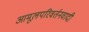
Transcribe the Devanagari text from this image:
आमूलपरिवर्तनवादी